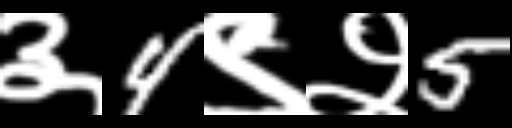
Text: ३4९२5